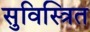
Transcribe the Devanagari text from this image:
सुविस्त्रित